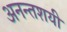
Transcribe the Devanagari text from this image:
अनन्तशयी